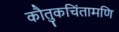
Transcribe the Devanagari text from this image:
कौतुकचिंतामणि